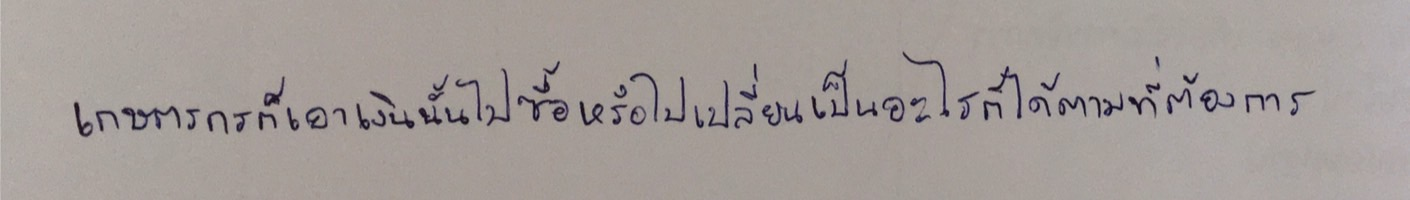
เกษตรกรก็เอาเงินนั้นไปซื้อหรือไปเปลี่ยนเป็นอะไรก็ได้ตามที่ต้องการ